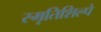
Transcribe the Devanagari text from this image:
स्मृतिशिल्पे